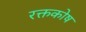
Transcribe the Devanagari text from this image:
रक्तकोष